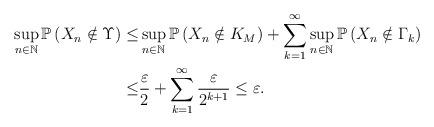
LaTeX: \begin{align*}\sup_{n\in\mathbb{N}}\mathbb{P} \left( X_n \notin \Upsilon \right) \leq & \sup_{n\in\mathbb{N}}\mathbb{P} \left( X_n \notin K_M \right) + \sum_{k=1}^{\infty} \sup_{n\in\mathbb{N}} \mathbb{P} \left( X_n \notin \Gamma_k \right) \\\leq & \frac{\varepsilon}{2} + \sum_{k=1}^{\infty} \frac{\varepsilon}{2^{k+1}} \leq \varepsilon .\end{align*}